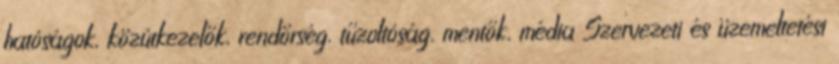
hatóságok, közútkezelők, rendőrség, tűzoltóság, mentők, média Szervezeti és üzemeltetési